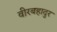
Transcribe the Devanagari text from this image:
वीरबहादुर